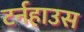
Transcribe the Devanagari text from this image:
टर्नहाउस